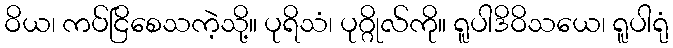
ဝိယ၊ ကပ်ငြိစေသကဲ့သို့။ ပုရိသံ၊ ပုဂ္ဂိုလ်ကို။ ရူပါဒိဝိသယေ၊ ရူပါရုံ